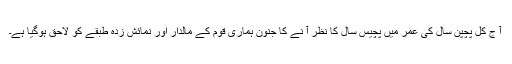
آ ج کل پچپن سال کی عمر میں پچیس سال کا نظر آ نے کا جنون ہماری قوم کے مالدار اور نمائش زدہ طبقے کو لاحق ہوگیا ہے۔